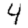
Digit: 4